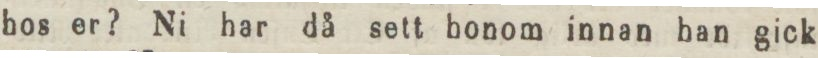
hos er? Ni har då sett bonom innan han gick